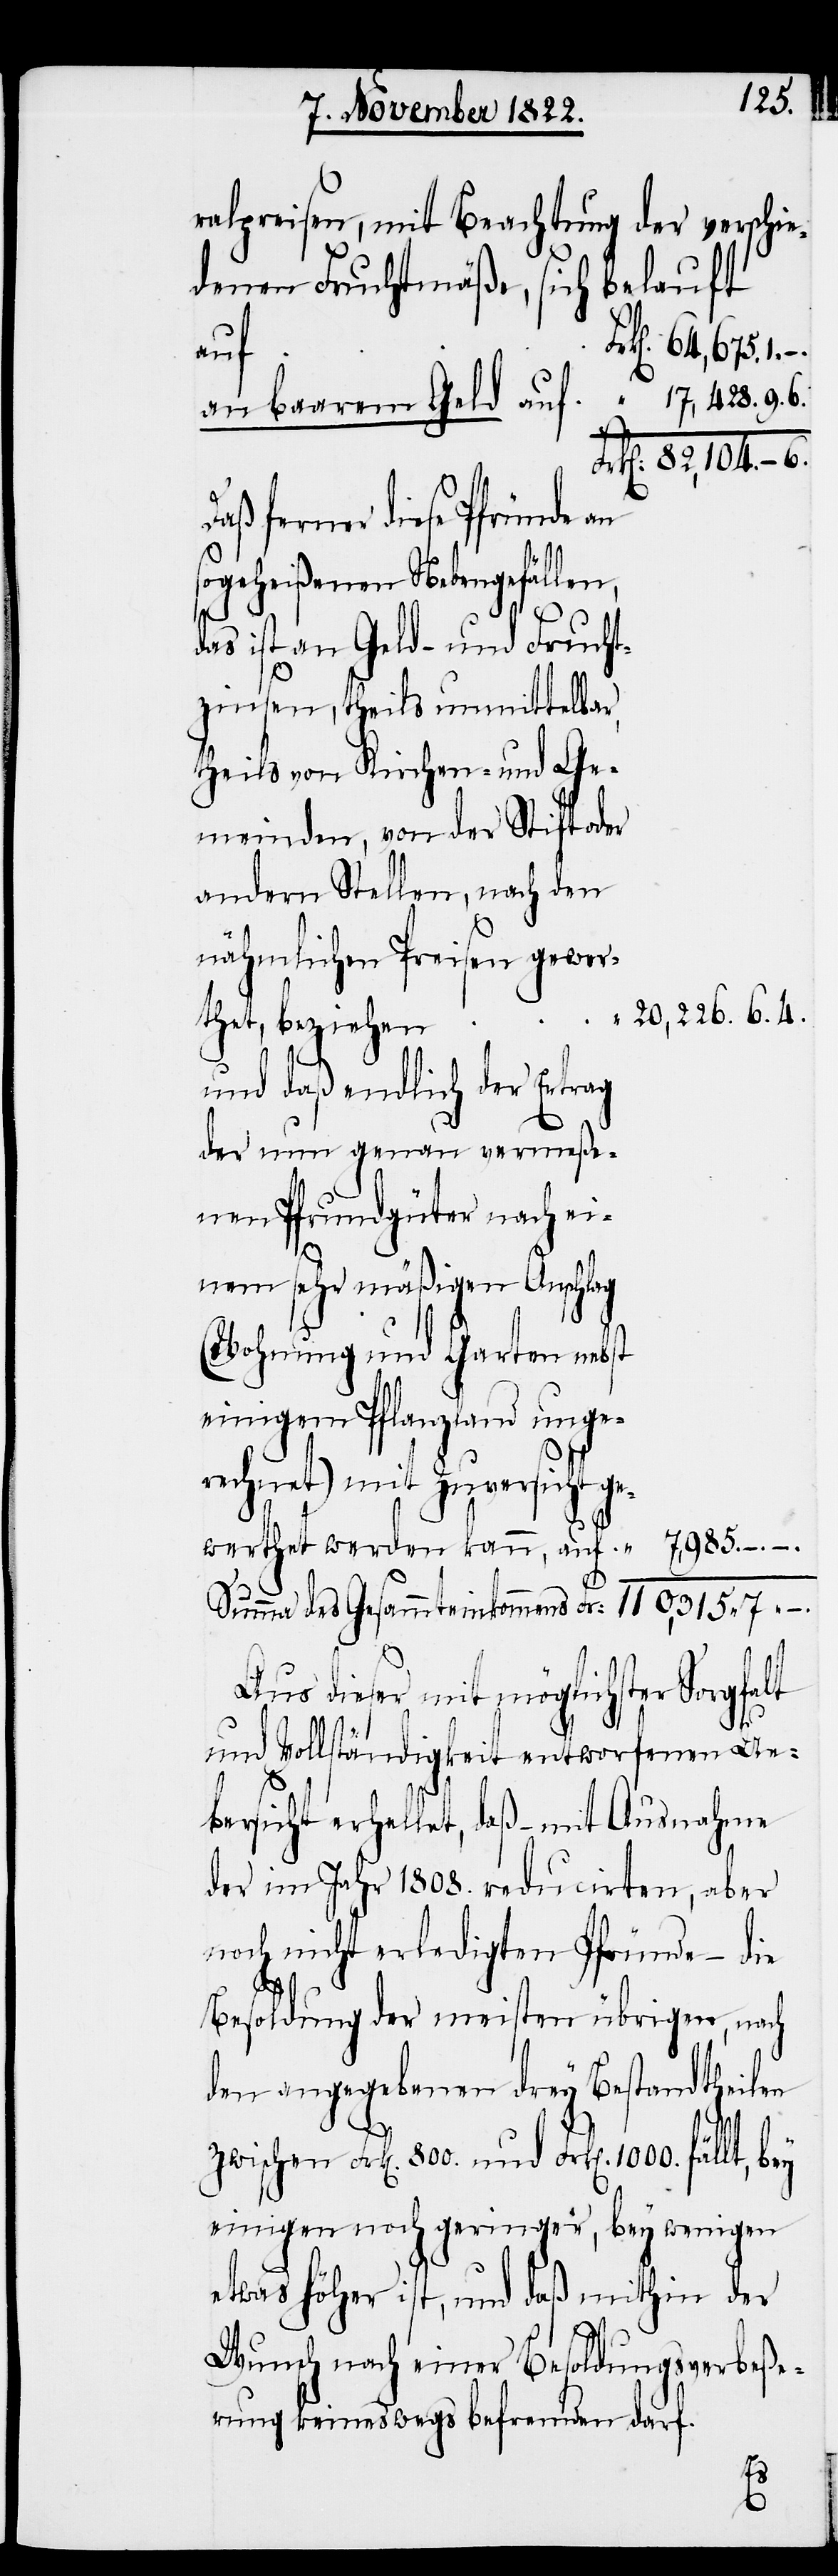
ralpreisen, mit Beachtung der
denen Fruchtmäße, sich belauft
Frk[en]. 1000.
auf
Daß ferner diese Pfründe
sogeheißenen Nebengefällen,
das ist an Geld- und Frucht¬
zinsen, theils unmittelbar,
theils von Kirchen- und Ge¬
meinden, von der Stift oder
andern Stellen, nach den
nähmlichen Preisen gewer¬
20,226. 6. 4.
–.
thet, beziehen
und daß endlich der Ertrag
der nun genau vermeße¬
nen Pfrundgüter nach ei¬
nem sehr mäßigen Anschlag
(Wohnung und Garten nebst
einigem Pflanzland unge¬
rechnet) mit Zuversicht ge¬
werthet werden kann, auf
Aus dieser mit möglichster Sorgfalt
und Vollständigkeit entworfenen Ue¬
bersicht erhellet, daß – mit Ausnahme
der im Jahr 1808. reducirten, aber
noch nicht erledigten Pfründe – die
1.
Besoldung der meisten übrigen, nach
den angegebenen drey Bestandtheilen
einigen noch geringer, bey wenigen
etwas höher ist, und daß mithin der
Wunsch nach einer Besoldungsverbeße¬
rung keineswegs befremden darf.